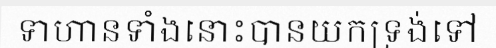
ទាហានទាំងនោះបានយកទ្រង់ទៅ